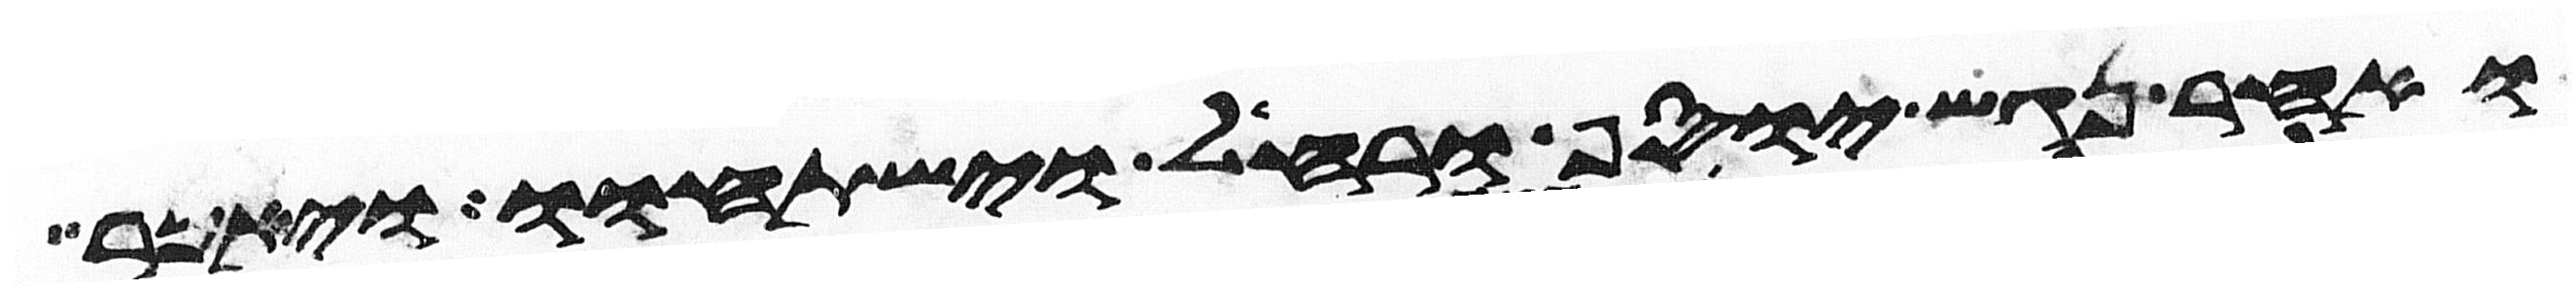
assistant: ואחר נגש יוסף ורחל וישתחוו ויאמר